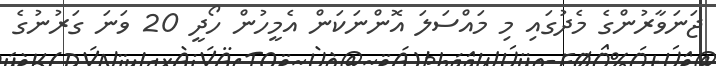
ޖަނަވާރުންގެ މެދުގައި މި މައްސަލަ އޮންނަކަން އެމީހުން ހޯދީ 20 ވަނަ ގަރުނުގެ